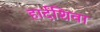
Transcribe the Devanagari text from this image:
हार्दशिवा